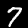
Label: 7